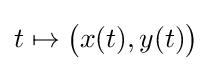
t\mapsto {\bigl (}x(t),y(t){\bigr )}